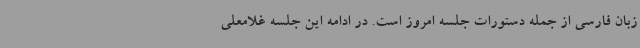
زبان فارسی از جمله دستورات جلسه امروز است. در ادامه این جلسه غلامعلی